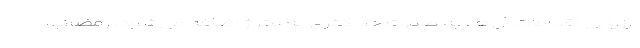
ارزیابی اقدامات آن‌ها، به صورت حداکثری به متراژ اضافه می‌شود. رمضانی